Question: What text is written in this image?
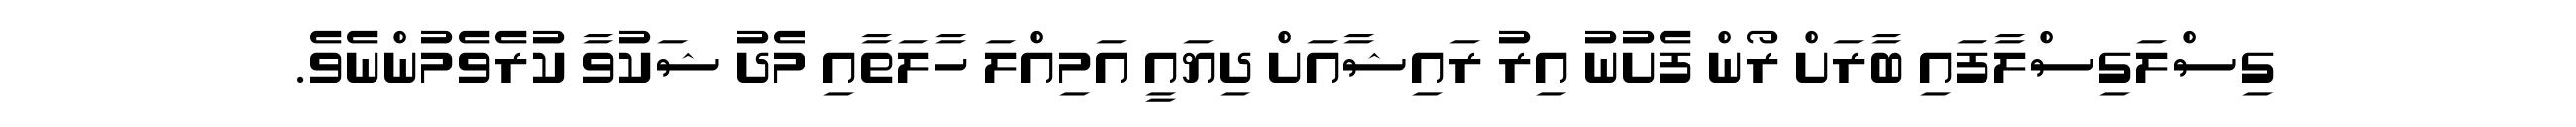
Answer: ގިސްލަގިސްލާފައި ބާރަށް ރޯން ފެށުނު އިރު ރައިޝާއަށް ދިޔައީ އަމިއްލަ ހާލަތާއި މެދު ޝަކުވާ ކުރެވެމުންނެވެ.